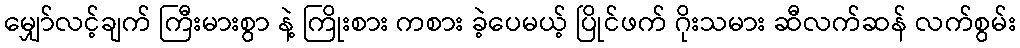
မျှော်လင့်ချက် ကြီးမားစွာ နဲ့ ကြိုးစား ကစား ခဲ့ပေမယ့် ပြိုင်ဖက် ဂိုးသမား ဆီလက်ဆန် လက်စွမ်း